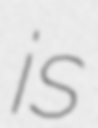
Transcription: is